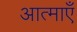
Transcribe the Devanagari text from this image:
आत्‍माएँ